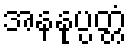
အနနုပ္ပတ္တံ